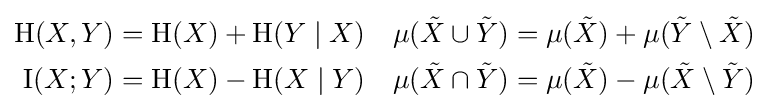
{\begin{aligned}\mathrm {H} (X,Y)&=\mathrm {H} (X)+\mathrm {H} (Y\mid X)&\mu ({\tilde {X}}\cup {\tilde {Y}})&=\mu ({\tilde {X}})+\mu ({\tilde {Y}}\setminus {\tilde {X}})\\\operatorname {I} (X;Y)&=\mathrm {H} (X)-\mathrm {H} (X\mid Y)&\mu ({\tilde {X}}\cap {\tilde {Y}})&=\mu ({\tilde {X}})-\mu ({\tilde {X}}\setminus {\tilde {Y}})\end{aligned}}